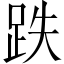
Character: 跌